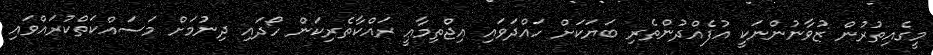
މީގެއިތުރުން ޒުވާނުންނަކީ އުފެއްދުންތެރި ބަޔަކަށް ހައްދަވައި އިޖްތިމާޢީ ރައްކާތެރިކަން ހޯދައި ދިނުމަށް މަސައްކަތްކުރައްވައި